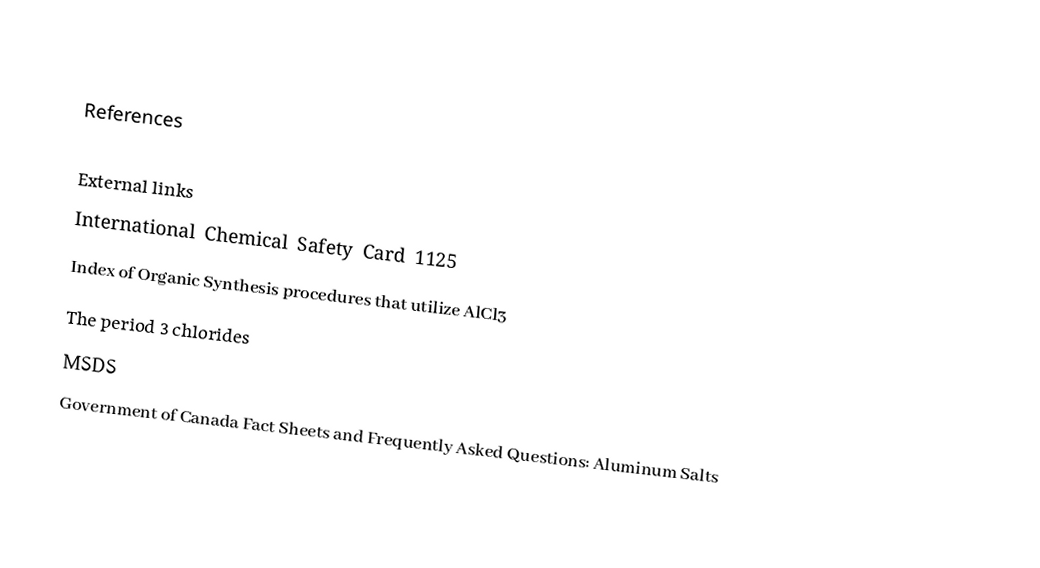

References

External links
 International Chemical Safety Card 1125
 Index of Organic Synthesis procedures that utilize AlCl3
 The period 3 chlorides
 MSDS
 Government of Canada Fact Sheets and Frequently Asked Questions:  Aluminum Salts